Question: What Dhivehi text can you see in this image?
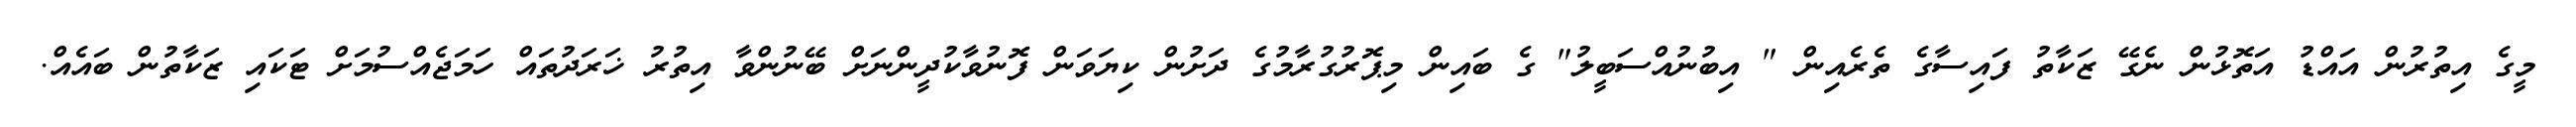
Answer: މީގެ އިތުރުން އައްޑު އަތޮޅުން ނެގޭ ޒަކާތު ފައިސާގެ ތެރެއިން " އިބުނުއްސަބީލު" ގެ ބައިން މިޕޮރުގުރާމުގެ ދަށުން ކިޔަވަން ފޮނުވާކުދީންނަށް ބޭނުންވާ އިތުރު ޚަރަދުތައް ހަމަޖެއްސުމަށް ޓަކައި ޒަކާތުން ބައެއް.